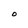
Character: O